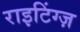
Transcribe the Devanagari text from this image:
राइटिंग्ज़